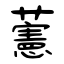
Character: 藼